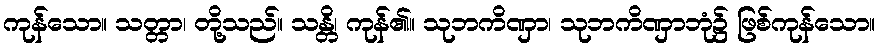
ကုန်သော။ သတ္တာ၊ တို့သည်။ သန္တိ၊ ကုန်၏။ သုဘကိဏှာ၊ သုဘကိဏှာဘုံ၌ ဖြစ်ကုန်သော။